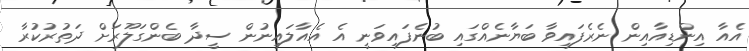
އެއާ އިންޑިއާއިން ނެރެފައިވާ ބަޔާނެއްގައި ބުނެފައިވަނީ އެ އެއާލައިނުން ސީދާ ބެންގަލޫރަށް ދަތުރުކުރާ